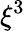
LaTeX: \xi^{3}